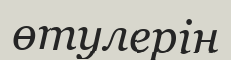
өтулерін